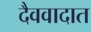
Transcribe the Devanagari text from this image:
दैववादात